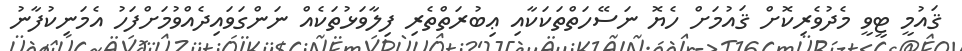
ޤައުމީ ޓީވީ މެދުވެރިކޮށް ޤައުމަށް ހެޔޮ ނަސޭހަތްތަކަކާއި ޢިބުރަތްތެރި ފިލާވަޅުތަކެއް ނަންގަވައިދެއްވުމަށްފަހު އެމަނިކުފާނު